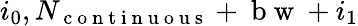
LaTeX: i_{0},N_{\mathrm{~c~o~n~t~i~n~u~o~u~s~}}+\mathrm{~b~w~}+i_{1}